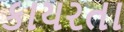
કાયરતા